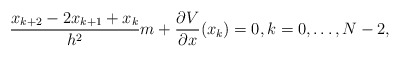
\begin{align*}\frac{x_{k+2}-2 x_{k+1}+x_k}{h^2}m + \frac{\partial V}{\partial x}(x_k) = 0,k = 0, \ldots, N-2,\end{align*}